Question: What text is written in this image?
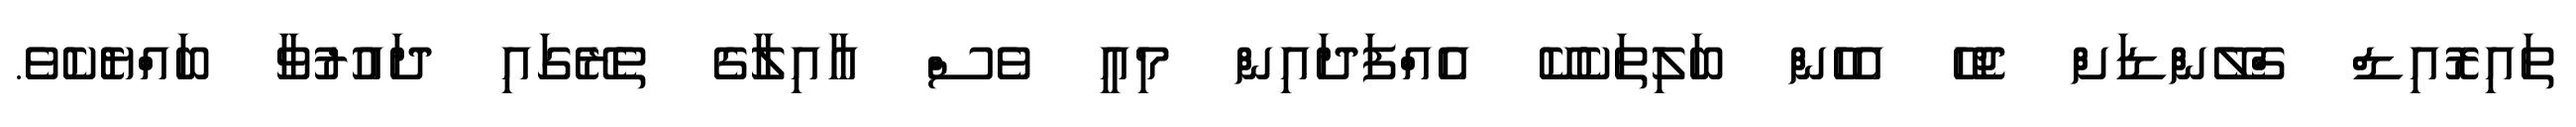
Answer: ތައިރޮއިޑް ގްލޭންޑަށް ޖެހޭ އެހެން ބަލިތަކެކޭ އެއްފަދައިން މިއީ ވެސް އާއިލާގެ ތެރޭގައި ދައުރުވާ ބައްޔެކެވެ.